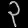
Digit: ၃